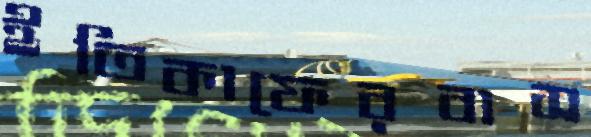
ইতিকাফেরবাস